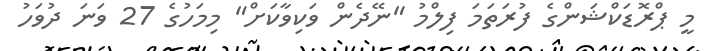
މީ ޕްރޮޑަކްޝަންގެ ފުރަތަމަ ފިލްމު "ނޭދެން ވަކިވާކަށް" މިމަހުގެ 27 ވަނަ ދުވަހު